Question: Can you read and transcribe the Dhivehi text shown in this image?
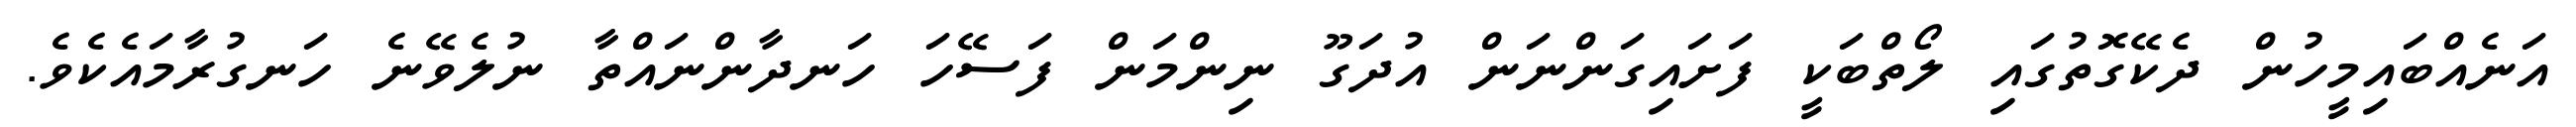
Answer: އަނެއްބައިމީހުން ދެކޭގޮތުގައި ލޯތްބަކީ ފަށައިގަންނަން އުދަގޫ ނިންމަން ފަސޭހަ ހަނދާންނައްތާ ނުލެވޭނެ ހަނގުރާމައެކެވެ.